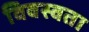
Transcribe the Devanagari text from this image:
विवस्वता